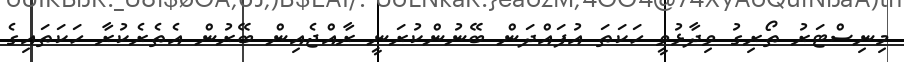
މިނިސްޓަރު ތޯރިގު ވިދާޅުވީ ހަކަތަ އުފައްދަން ބޭނުންކުރަނީ ރާއްޖެއިން ބޭރުން އެތެރެކުރާ ހަކަތައިގެ